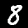
Digit: 8